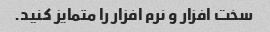
سخت افزار و نرم افزار را متمایز کنید.